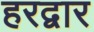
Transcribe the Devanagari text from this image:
हरद्वार